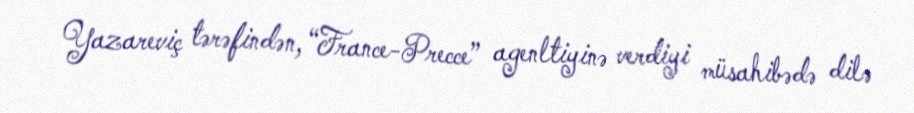
Yazareviç tərəfindən, “France-Precce” agenltiyinə verdiyi müsahibədə dilə